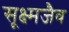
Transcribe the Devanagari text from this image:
सूक्ष्मजैव